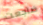
ضاجعت